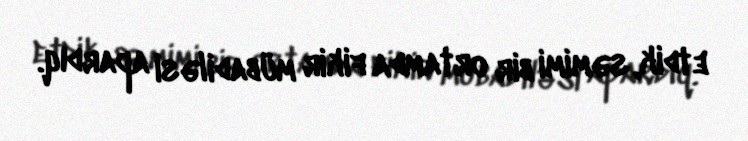
etdik, səmimi bir ortamda fikir mübadiləsi apardıq.